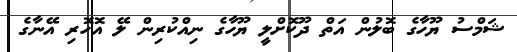
ޝަމްސު ޔޫހާގެ ބޮލުން އަތް ދޫކޮށްލީ ޔޫހާގެ ނިއްކުރިން ލޭ އޮހޮރި އޭނާގެ